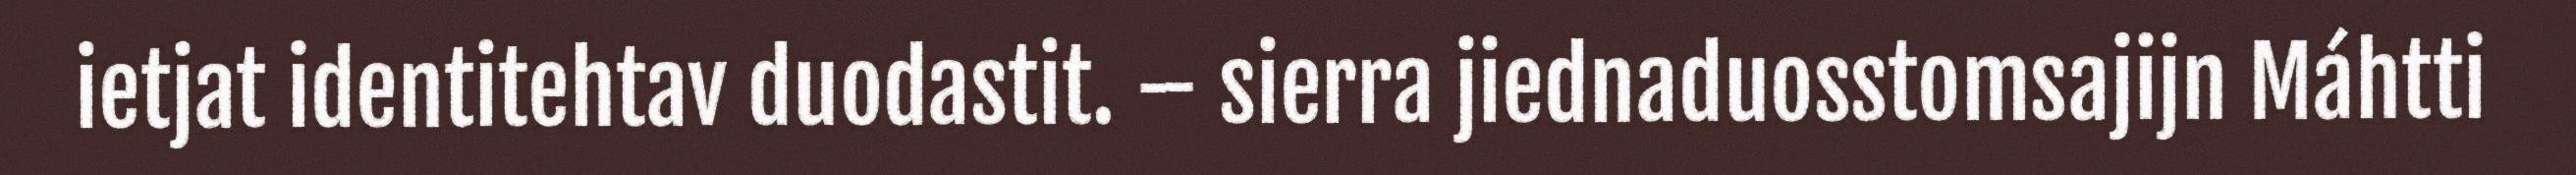
ietjat identitehtav duodastit. – sierra jiednaduosstomsajijn Máhtti